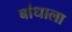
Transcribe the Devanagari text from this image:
बांधाला